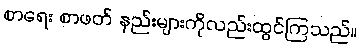
စာရေး စာဖတ် နည်းများကိုလည်းထွင်ကြသည်။